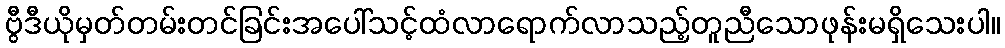
ဗွီဒီယိုမှတ်တမ်းတင်ခြင်းအပေါ်သင့်ထံလာရောက်လာသည့်တူညီသောဖုန်းမရှိသေးပါ။